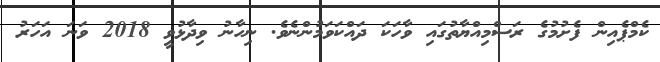
ކެމްޕެއިން ފެށުމުގެ ރަސްމިއްޔާތުގައި ވާހަކަ ދައްކަވަމުންނެވެ. ނިހާނު ވިދާޅުވީ 2018 ވަނަ އަހަރު